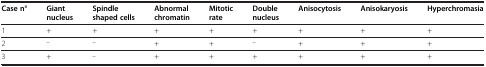
| Case n° | Giant nucleus | Spindle shaped cells | Abnormal chromatin | Mitotic rate | Double nucleus | Anisocytosis | Anisokaryosis | Hyperchromasia |
 | --- | --- | --- | --- | --- | --- | --- | --- | --- |
 | 1 | + | + | + | + | + | + | + | + |
 | 2 | _ | _ | + | + | _ | + | + | + |
 | 3 | + | _ | + | + | + | + | + | + |